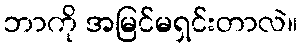
ဘာကို အမြင်မရှင်းတာလဲ။